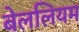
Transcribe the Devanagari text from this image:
बेललियम